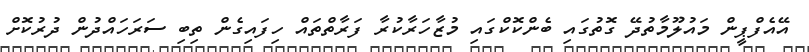
އޭއެފްޕީން މައުލޫމާތުދޭ ގޮތުގައި ބެންކޮކްގައި މުޒާހަރާކުރާ ފަރާތްތައް ހިފައިގެން ތިބި ސަރަހައްދުން ދުރުކޮށް